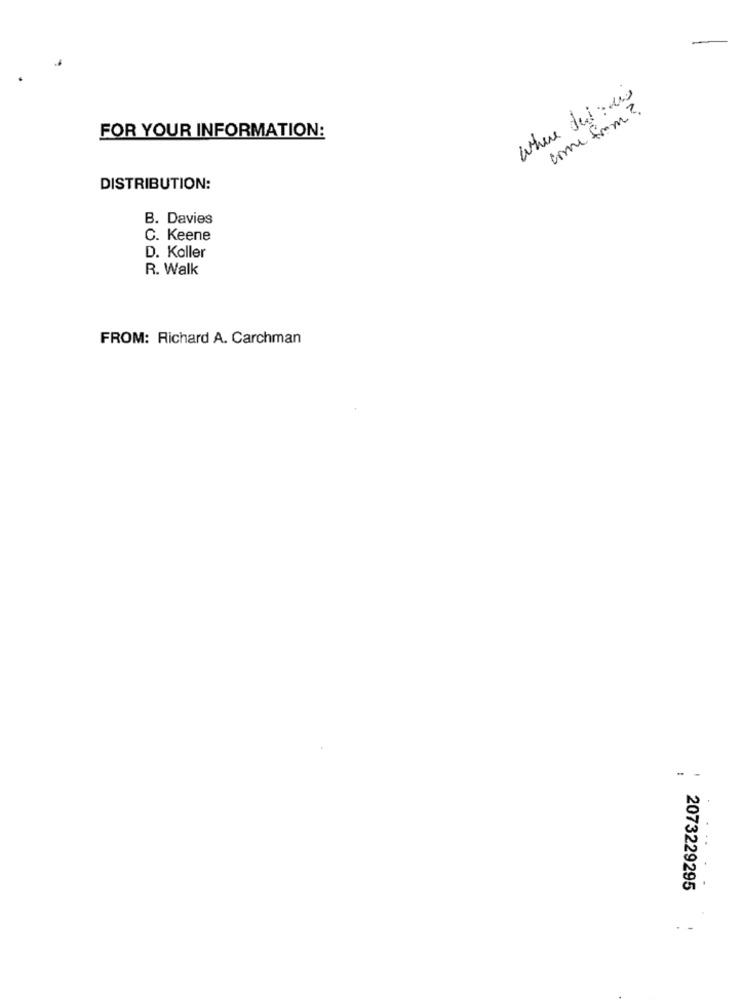
where det: w
come from?
FOR YOUR INFORMATION:
DISTRIBUTION:
B. Davies
C. Keene
D. Koller
R. Walk
FROM: Richard A. Carchman
- -
2073229295